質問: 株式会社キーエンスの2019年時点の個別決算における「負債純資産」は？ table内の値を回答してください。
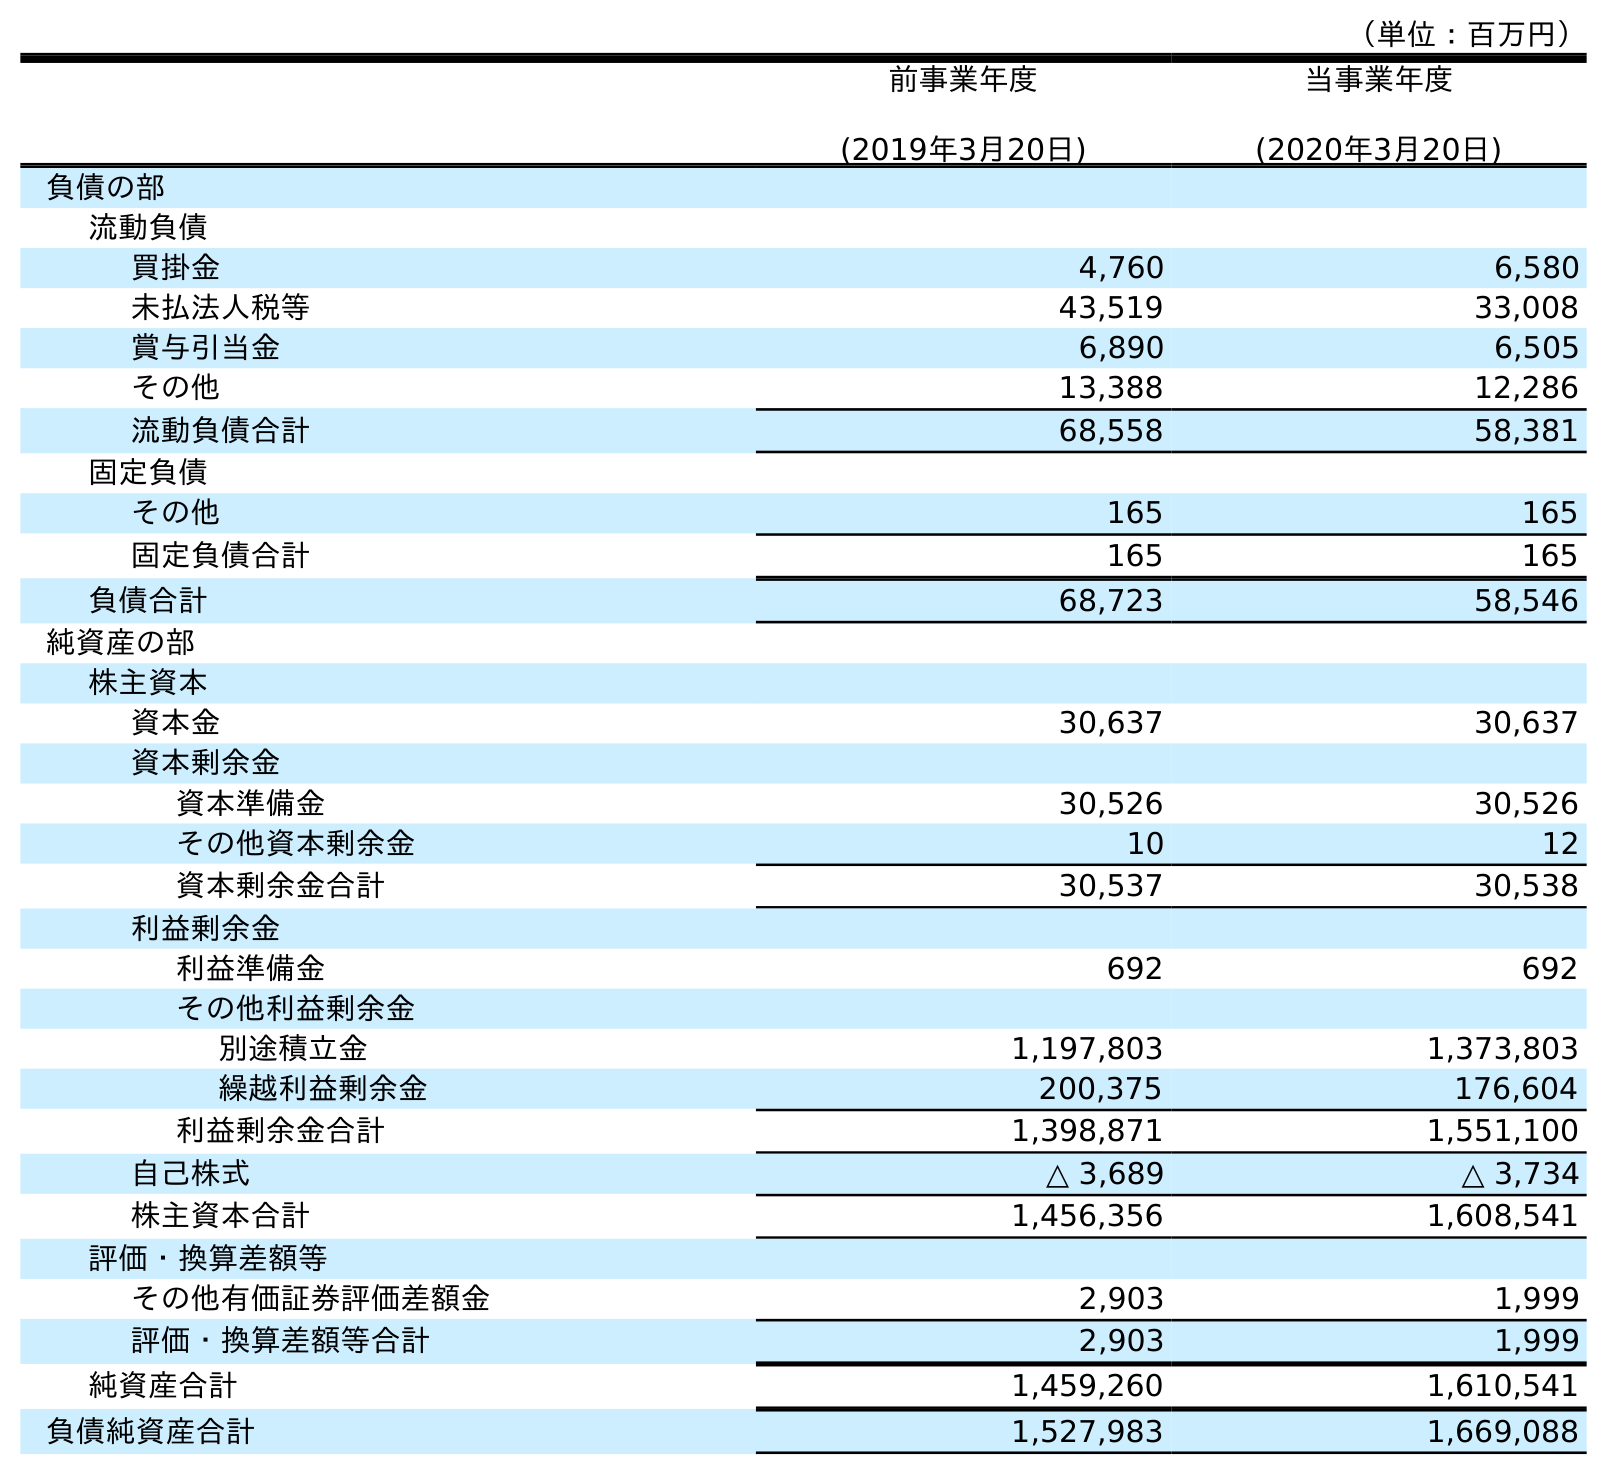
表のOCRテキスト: （単位：百万円） 前事業年度 (2019年3月20日) 当事業年度 (2020年3月20日) 負債の部 流動負債 買掛金 4,760 6,580 未払法人税等 43,519 33,008 賞与引当金 6,890 6,505 その他 13,388 12,286 流動負債合計 68,558 58,381 固定負債 その他 165 165 固定負債合計 165 165 負債合計 68,723 58,546 純資産の部 株主資本 資本金 30,637 30,637 資本剰余金 資本準備金 30,526 30,526 その他資本剰余金 10 12 資本剰余金合計 30,537 30,538 利益剰余金 利益準備金 692 692 その他利益剰余金 別途積立金 1,197,803 1,373,803 繰越利益剰余金 200,375 176,604 利益剰余金合計 1,398,871 1,551,100 自己株式 △ 3,689 △ 3,734 株主資本合計 1,456,356 1,608,541 評価・換算差額等 その他有価証券評価差額金 2,903 1,999 評価・換算差額等合計 2,903 1,999 純資産合計 1,459,260 1,610,541 負債純資産合計 1,527,983 1,669,088
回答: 1,527,983